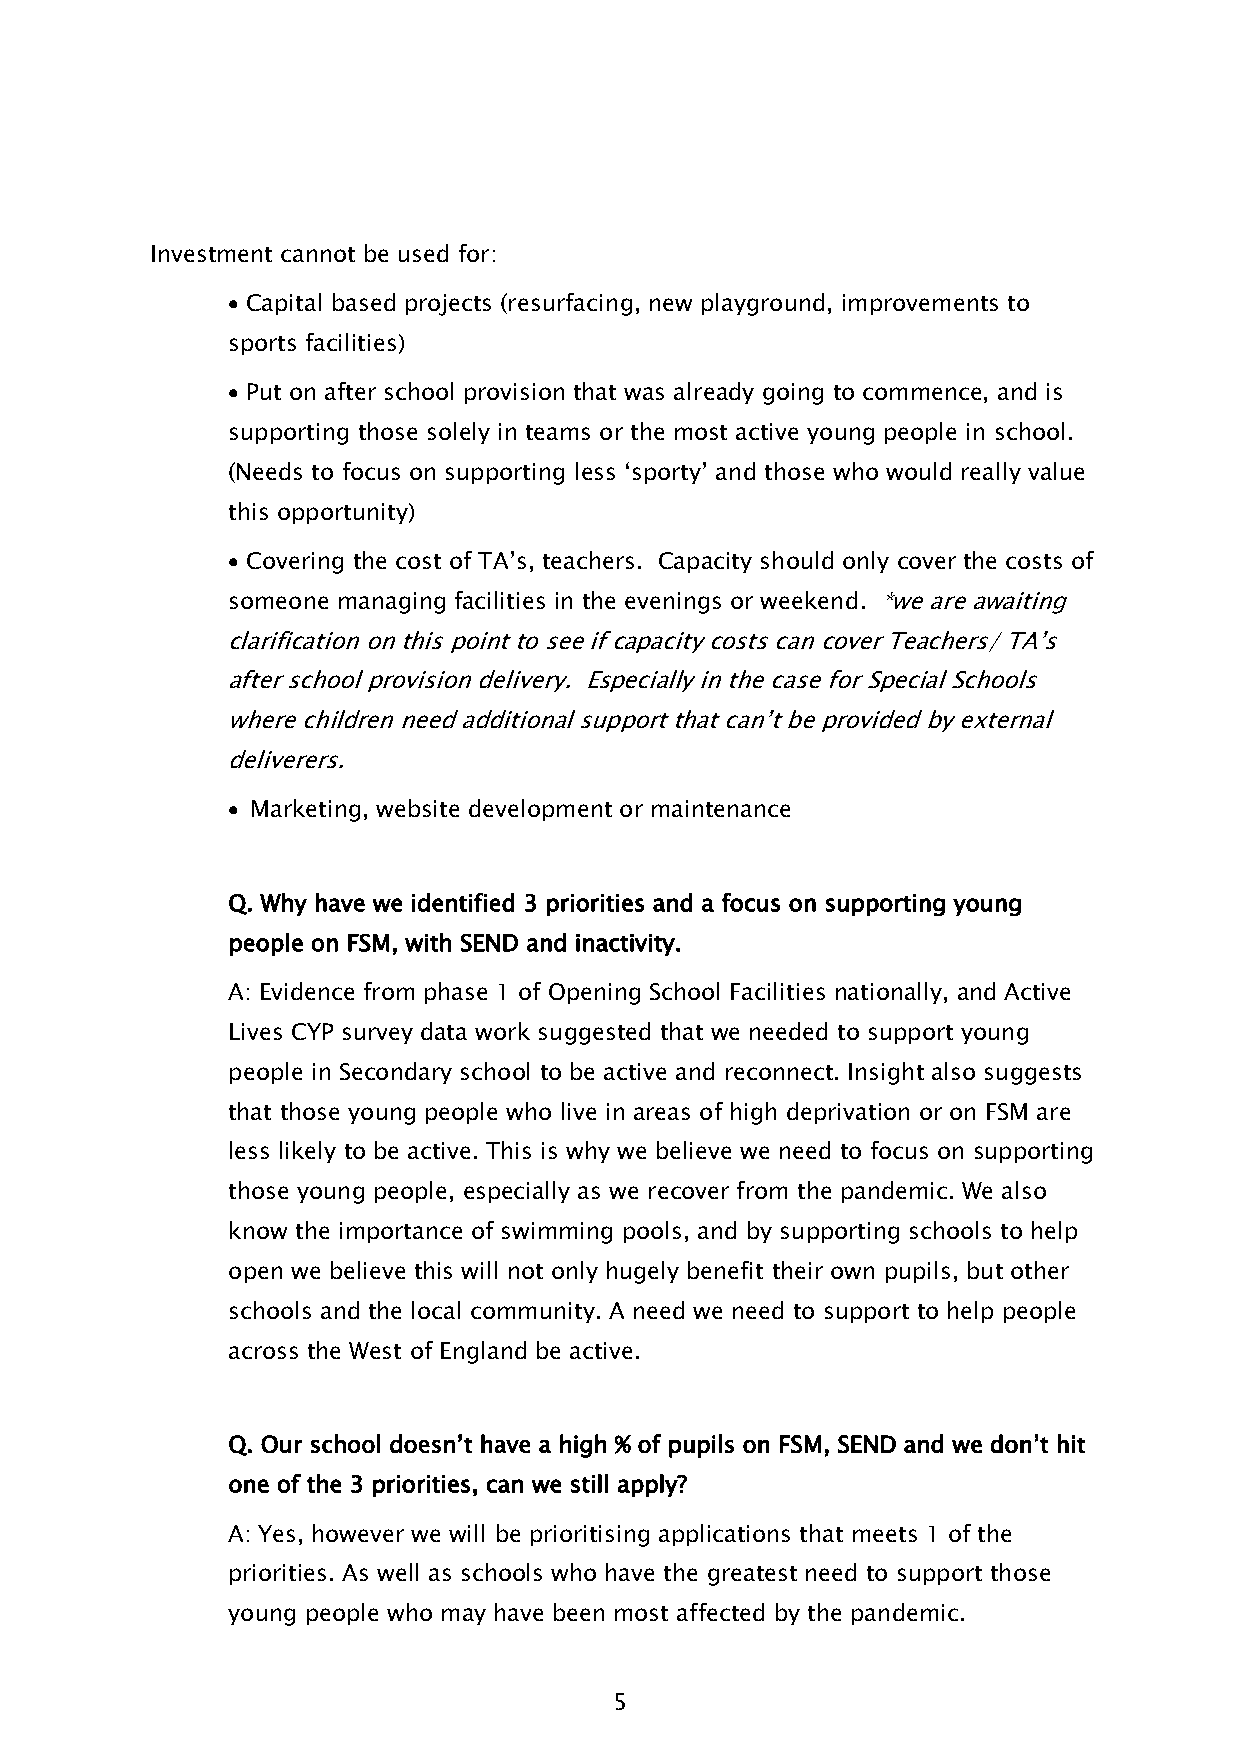
Investment cannot be used for:
 • Capital based projects (resurfacing, new playground, improvements to
 sports facilities)
 • Put on after school provision that was already going to commence, and is
 supporting those solely in teams or the most active young people in school.
 (Needs to focus on supporting less ‘sporty’ and those who would really value
 this opportunity)
 • Covering the cost of TA’s, teachers. Capacity should only cover the costs of
 someone managing facilities in the evenings or weekend. *we are awaiting
 clarification on this point to see if capacity costs can cover Teachers/ TA’s
 after school provision delivery. Especially in the case for Special Schools
 where children need additional support that can’t be provided by external
 deliverers.
 • Marketing, website development or maintenance
 Q. Why have we identified 3 priorities and a focus on supporting young
 people on FSM, with SEND and inactivity.
 A: Evidence from phase 1 of Opening School Facilities nationally, and Active
 Lives CYP survey data work suggested that we needed to support young
 people in Secondary school to be active and reconnect. Insight also suggests
 that those young people who live in areas of high deprivation or on FSM are
 less likely to be active. This is why we believe we need to focus on supporting
 those young people, especially as we recover from the pandemic. We also
 know the importance of swimming pools, and by supporting schools to help
 open we believe this will not only hugely benefit their own pupils, but other
 schools and the local community. A need we need to support to help people
 across the West of England be active.
 Q. Our school doesn’t have a high % of pupils on FSM, SEND and we don’t hit
 one of the 3 priorities, can we still apply?
 A: Yes, however we will be prioritising applications that meets 1 of the
 priorities. As well as schools who have the greatest need to support those
 young people who may have been most affected by the pandemic.
 5